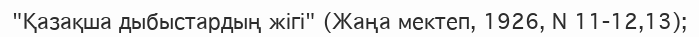
"Қазақша дыбыстардың жігі" (Жаңа мектеп, 1926, N 11-12,13);